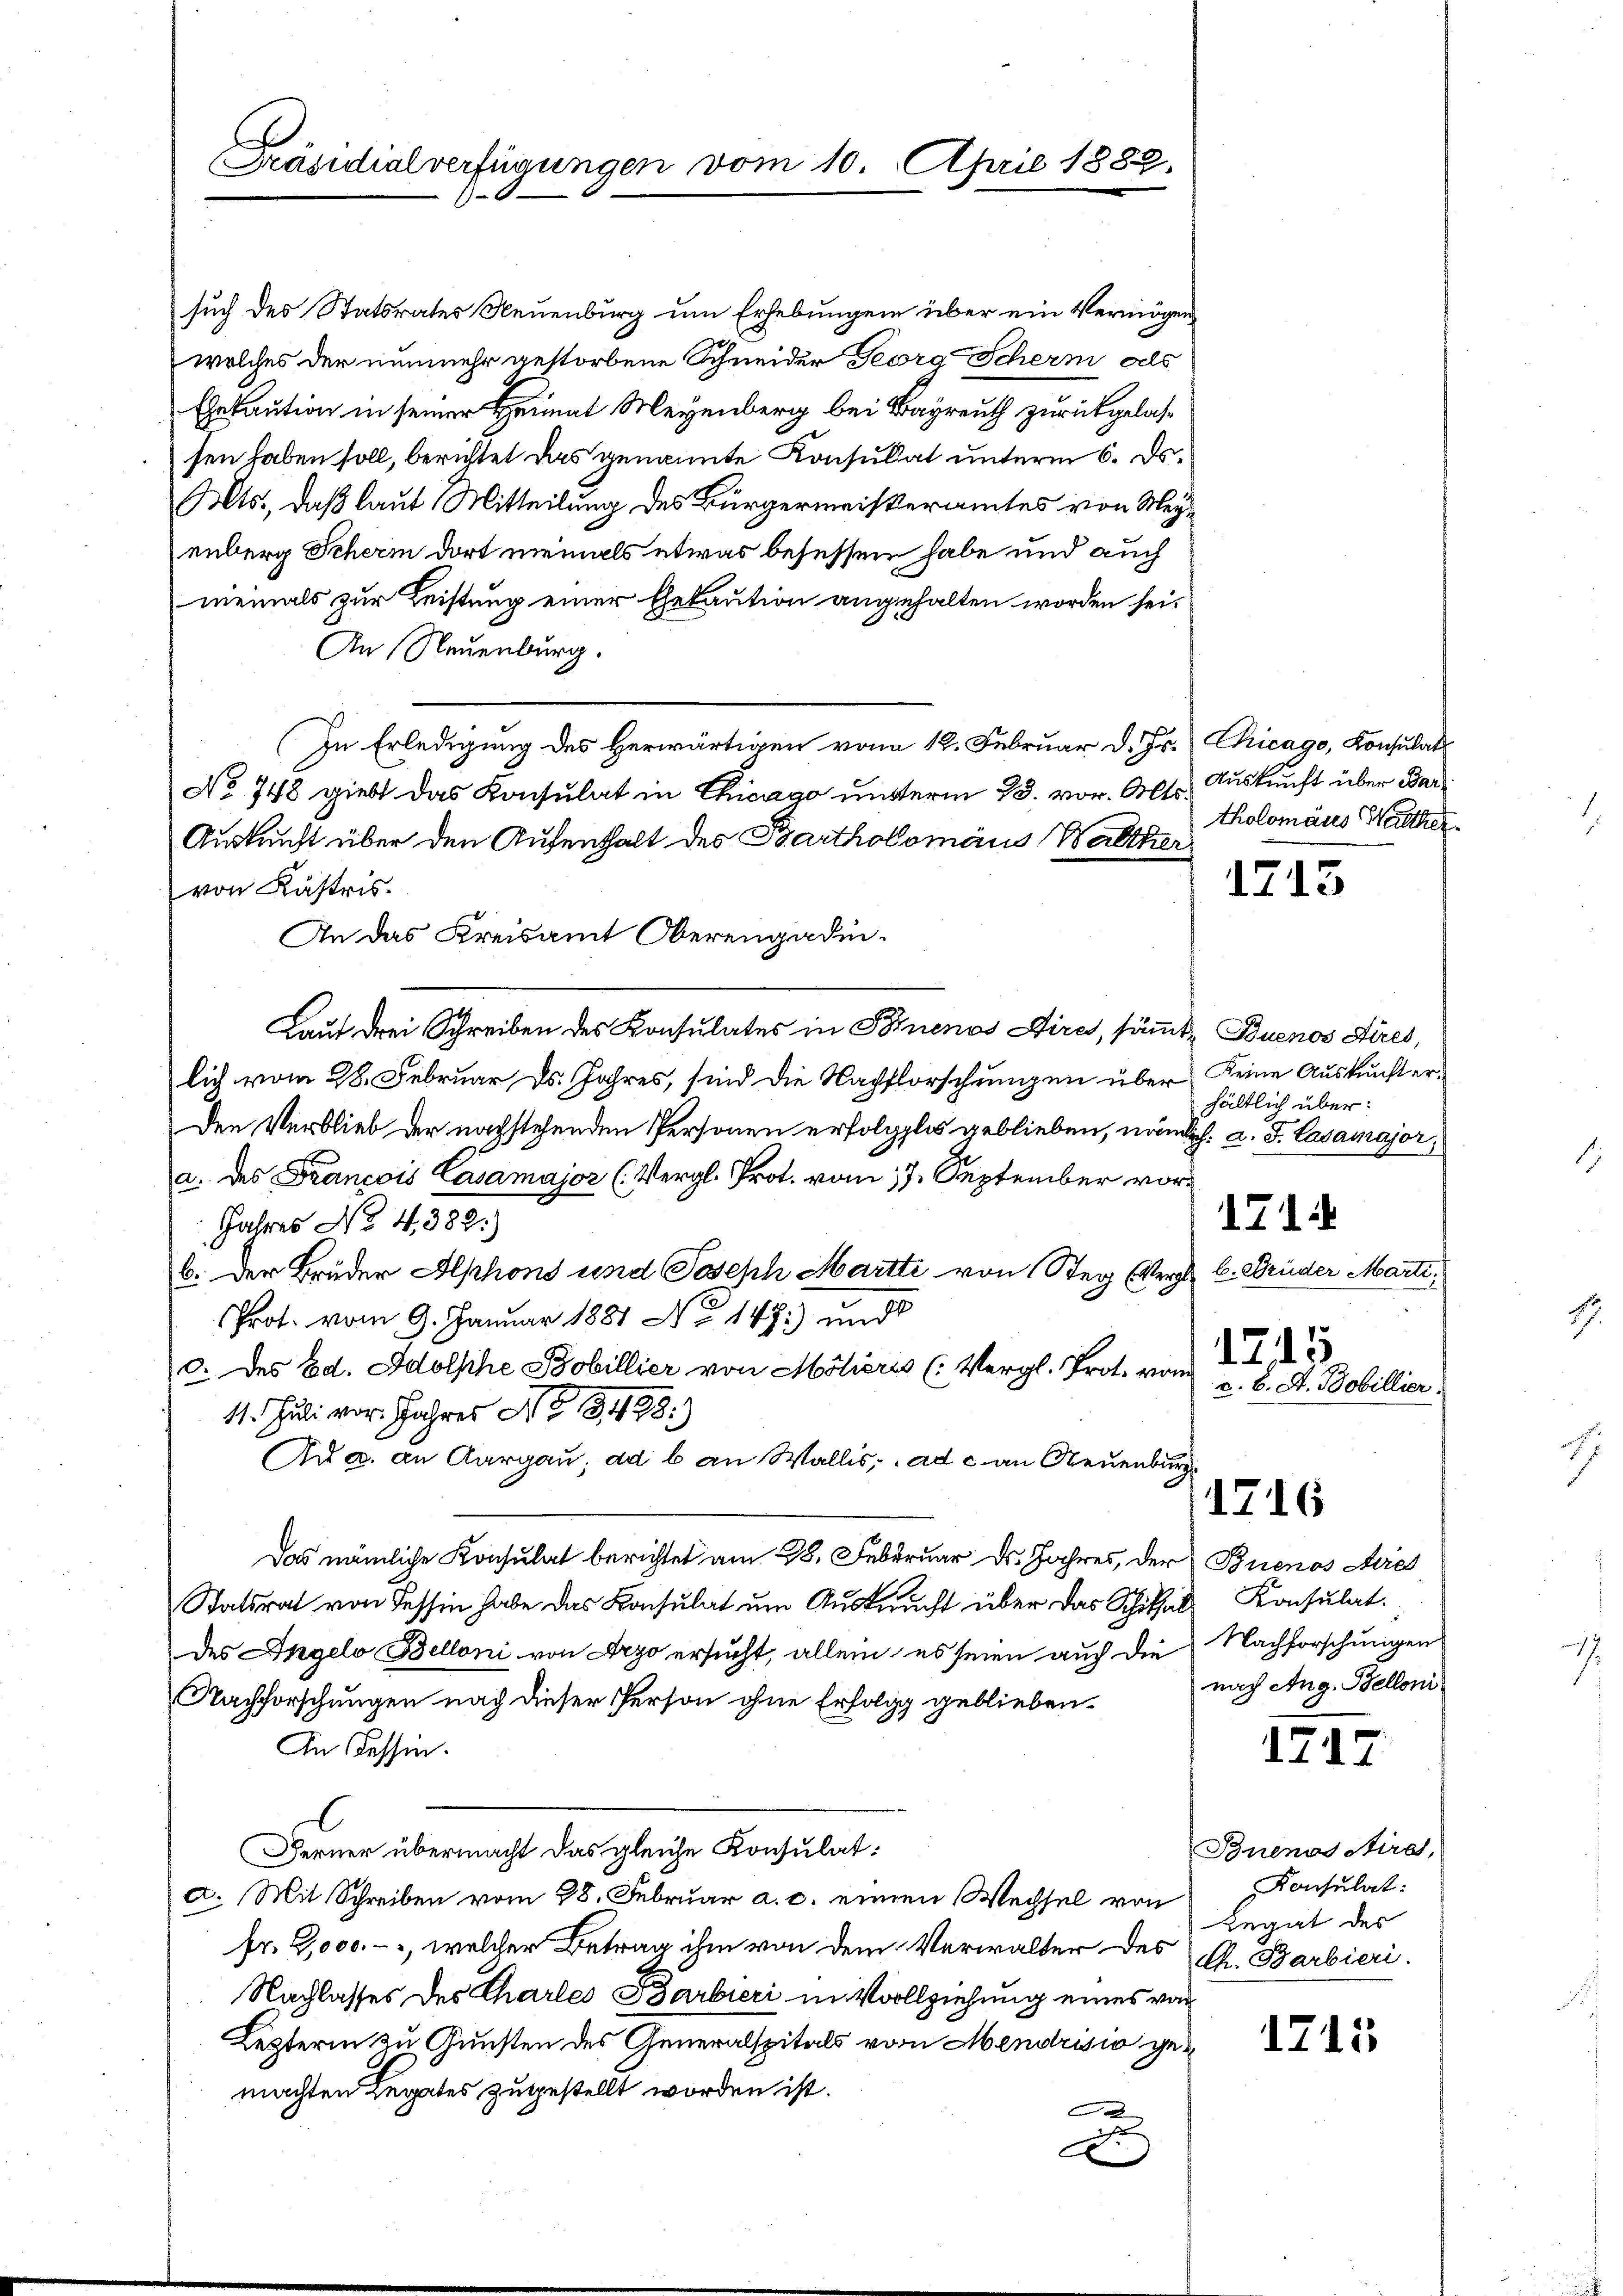
such des Statsrates Neuenburg um Erhebungen über ein Vermögen
welches der nunmehr gestorbene Schneider Georg Scherm als
Gekaution in seiner Heimat Meyenberg bei Bayreuth zurückgelassen haben soll, berichtet das genannte Konsulat unterm 6. ds.
Mts., daß laut Mitteilung des Bürgermeisteramtes von Meyenberg Scherm dort niemals etwas besessen habe und auch
niemals zur Leistung einer Gebaution angehalten worden sei.
An Neuenburg.
In Erledigung des Herwärtigen vom 12. Februar d. Js. Chicago, Konsulats
No 748 giebt das Konsulat in Chicago unterm 13. vor. Alts
Auskunft über den Aufenthalt des Bartholomäus Walther
von Kästris.
An das Kreisamt Oberengadin-
Lauf drei Schreiben des Konsulates in Buenos Dires, sämmt Buenos Aires,
lich vom 28. Februar ds. Jahres, sind die Nachforschungen über keine Auskunft er¬
Den Verblieb der nachstehenden Personen erfolglos geblieben, nämlich. d. J. Casamajor,
a. des Francois Casamajor (Vergl. Prot. vom 17. September vor¬
Jahres No. 4. 382.)
b. Der Bruder Alphons und Joseph Martti von Steg (Vergl. C. Brüder Marti,
Prot. vom 9. Januar 1881 No 1471) und
c. des Ed. Adolsche Bobillier von Molieres (Vergl. Prot. vom 2. d. 1
11. Juli vor Jahres No 8498)
Au a. an Aargau, ad b. an Wallis, ad c. an Neuenburg
1716
Das nämliche Konsulat berichtet am 28. Februar Dr. Jahres, der Buenos Aie
Statsrat von dessin habe das Konsulat um Ausbrucht über das Schithal Konsulat
des Angelo Belloni von Argo ersucht, allein, es seien auch die Nachforschungen
Nachforschungen nach dieser Person ohne Erfolg geblieben.
An Tessin.
l
Ferner übermacht das gleiche Konsulata. Mit Schreiben vom 28. Februar a. c. einen Wechsel von
fr. 9000.-, welcher Betrag ihm von dem Verwalter des C. Barbieri
Nachlasses des Chartes Barbieri in Vollziehung eines vor
Lezterin zu Gunsten des Generalspitals vom Mendrisio gemachten Legates zugestellt worden ist.
d
F

Präsidialverfügungen vom 10. April 1883,

Auskunft über Bar
tholomäus Walther

hältlich über:
171
v. 8. St. Bobillier

1713

nach Aug. Belloni

1717

Buenos Aire,
Konsulat:
Regat des

1715